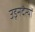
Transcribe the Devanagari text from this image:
उड़नदैत्यों